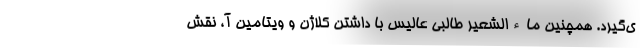
ی‌گیرد. همچنین ماءالشعیر طالبی عالیس با داشتن کلاژن و ویتامین آ، نقش